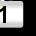
Digit: 1